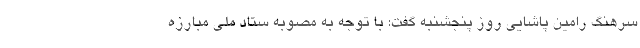
سرهنگ رامین پاشایی روز پنجشنبه گفت: با توجه به مصوبه ستاد ملی مبارزه